Vaccination Hyderabad 1872-1889 - 1872-1889
Year: 1872
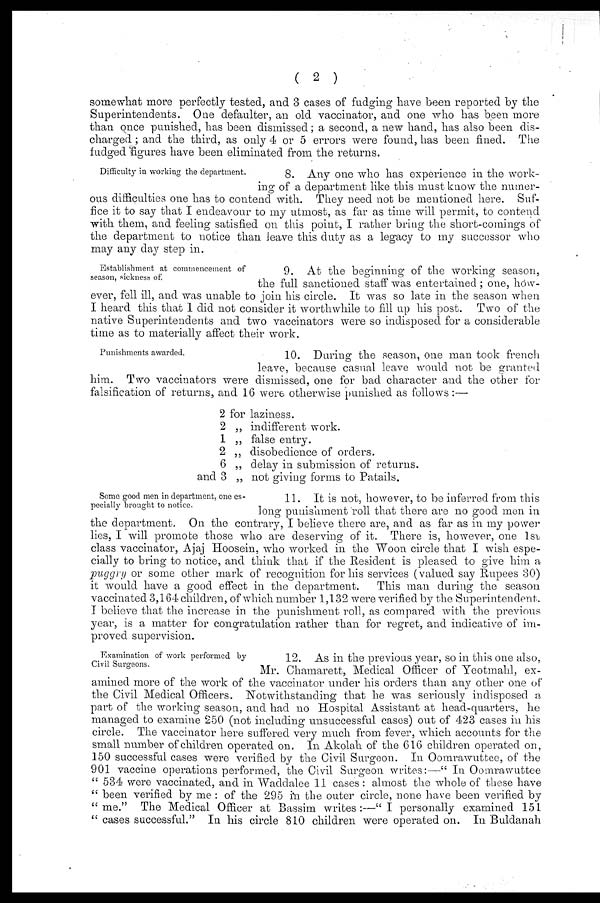
( 2 )
somewhat more perfectly tested, and 3 cases of fudging have been reported by the
Superintendents. One defaulter, an old vaccinator, and one who has been more
than once punished, has been dismissed; a second, a new hand, has also been dis-
charged; and the third, as only 4 or 5 errors were found, has been fined. The
fudged figures have been eliminated from the returns.
Difficulty in working the department.
8. Any one who has experience in the work-
ing of a department like this must know the numer-
ous difficulties one has to contend with. They need not be mentioned here. Suf-
fice it to say that I endeavour to my utmost, as far as time will permit, to contend
with them, and feeling satisfied on this point, I rather bring the short-comings of
the department to notice than leave this duty as a legacy to my successor who
may any day step in.
Establishment at commencement of
season, sickness of.
9. At the beginning of the working season,
the full sanctioned staff was entertained; one, how-
ever, fell ill, and was unable to join his circle. It was so late in the season when
I heard this that 1 did not consider it worthwhile to fill up his post. Two of the
native Superintendents and two vaccinators were so indisposed for a considerable
time as to materially affect their work.
Punishments awarded.
10. During the season, one man took french
leave, because casual leave would not be granted
him. Two vaccinators were dismissed, one for bad character and the other for
falsification of returns, and 16 were otherwise punished as follows:—
2 for laziness.
2 „ indifferent work.
1 „ false entry.
2 „ disobedience of orders.
6 „ delay in submission of returns.
and 3 „ not giving forms to Patails.
Some good men in department, one es-
pecially brought to notice.
11. It is not, however, to be inferred from this
long punishment roll that there are no good men in
the department. On the contrary, I believe there are, and as far as in my power
lies, I will promote those who are deserving of it. There is, however, one 1ST
class vaccinator, Ajaj Hoosein, who worked in the Woon circle that I wish espe-
cially to bring to notice, and think that if the Resident is pleased to give him a
puggry or some other mark of recognition for his services (valued say Rupees 30)
it would have a good effect in the department. This man during the season
vaccinated 3,164 children, of which number 1,132 were verified by the Superintendent.
I believe that the increase in the punishment roll, as compared with the previous
year, is a matter for congratulation rather than for regret, and indicative of im-
proved supervision.
Examination of work performed by
Civil Surgeons.
12. As in the previous year, so in this one also,
Mr. Chamarett, Medical Officer of Yeotmahl, ex-
amined more of the work of the vaccinator under his orders than any other one of
the Civil Medical Officers. Notwithstanding that he was seriously indisposed a
part of the working season, and had no Hospital Assistant at head-quarters, he
managed to examine 250 (not including unsuccessful cases) out of 423 cases in his
circle. The vaccinator here suffered very much from fever, which accounts for the
small number of children operated on. In Akolah of the 616 children operated on,
150 successful cases were verified by the Civil Surgeon. In Oomrawuttee, of the
901 vaccine operations performed, the Civil Surgeon writes:—" In Oomrawuttee
" 534 were vaccinated, and in Waddalee 11 cases: almost the whole of these have
" been verified by me : of the 295 in the outer circle, none have been verified by
"me." The Medical Officer at Bassim writes:—"I personally examined 151
" cases successful." In his circle 810 children were operated on. In Buldanah